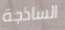
الساذجة